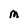
Character: M